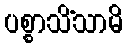
ပစ္စာသိံသာမိ